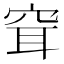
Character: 𥥯